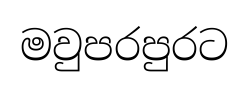
මවුපරපුරට